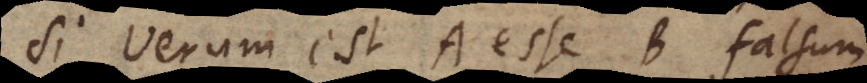
Si verum est A esse B falsum